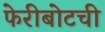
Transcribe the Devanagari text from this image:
फेरीबोटची